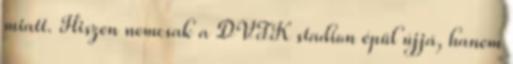
miatt. Hiszen nemcsak a DVTK stadion épül újjá, hanem